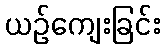
ယဉ်ကျေးခြင်း